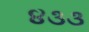
૪૩૩